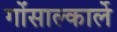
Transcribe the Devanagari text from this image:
गोंसाल्कार्ले